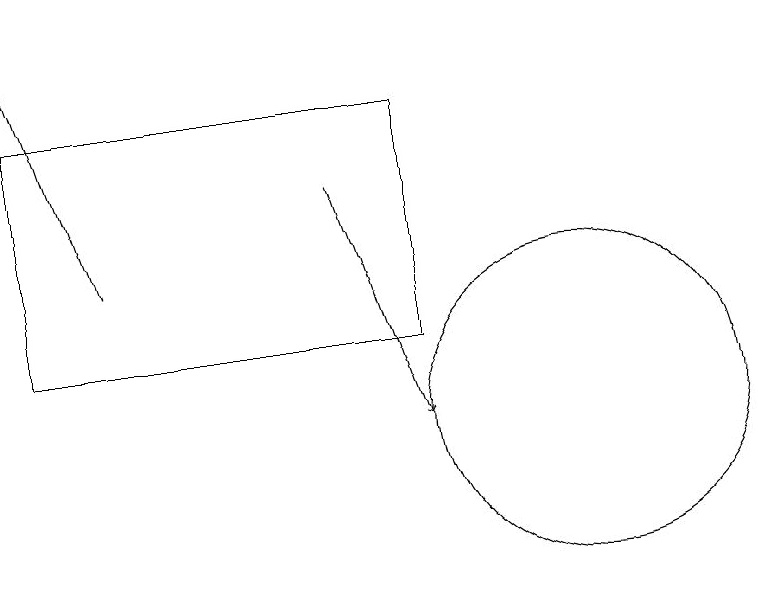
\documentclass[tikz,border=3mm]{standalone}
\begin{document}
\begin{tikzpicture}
\draw[->] (8,14) -- (9,11);
\draw (4,15) rectangle (9,12);
\draw (11,11) circle (2);
\draw[->] (5,13) -- (4,16);
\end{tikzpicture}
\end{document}